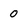
Character: 0